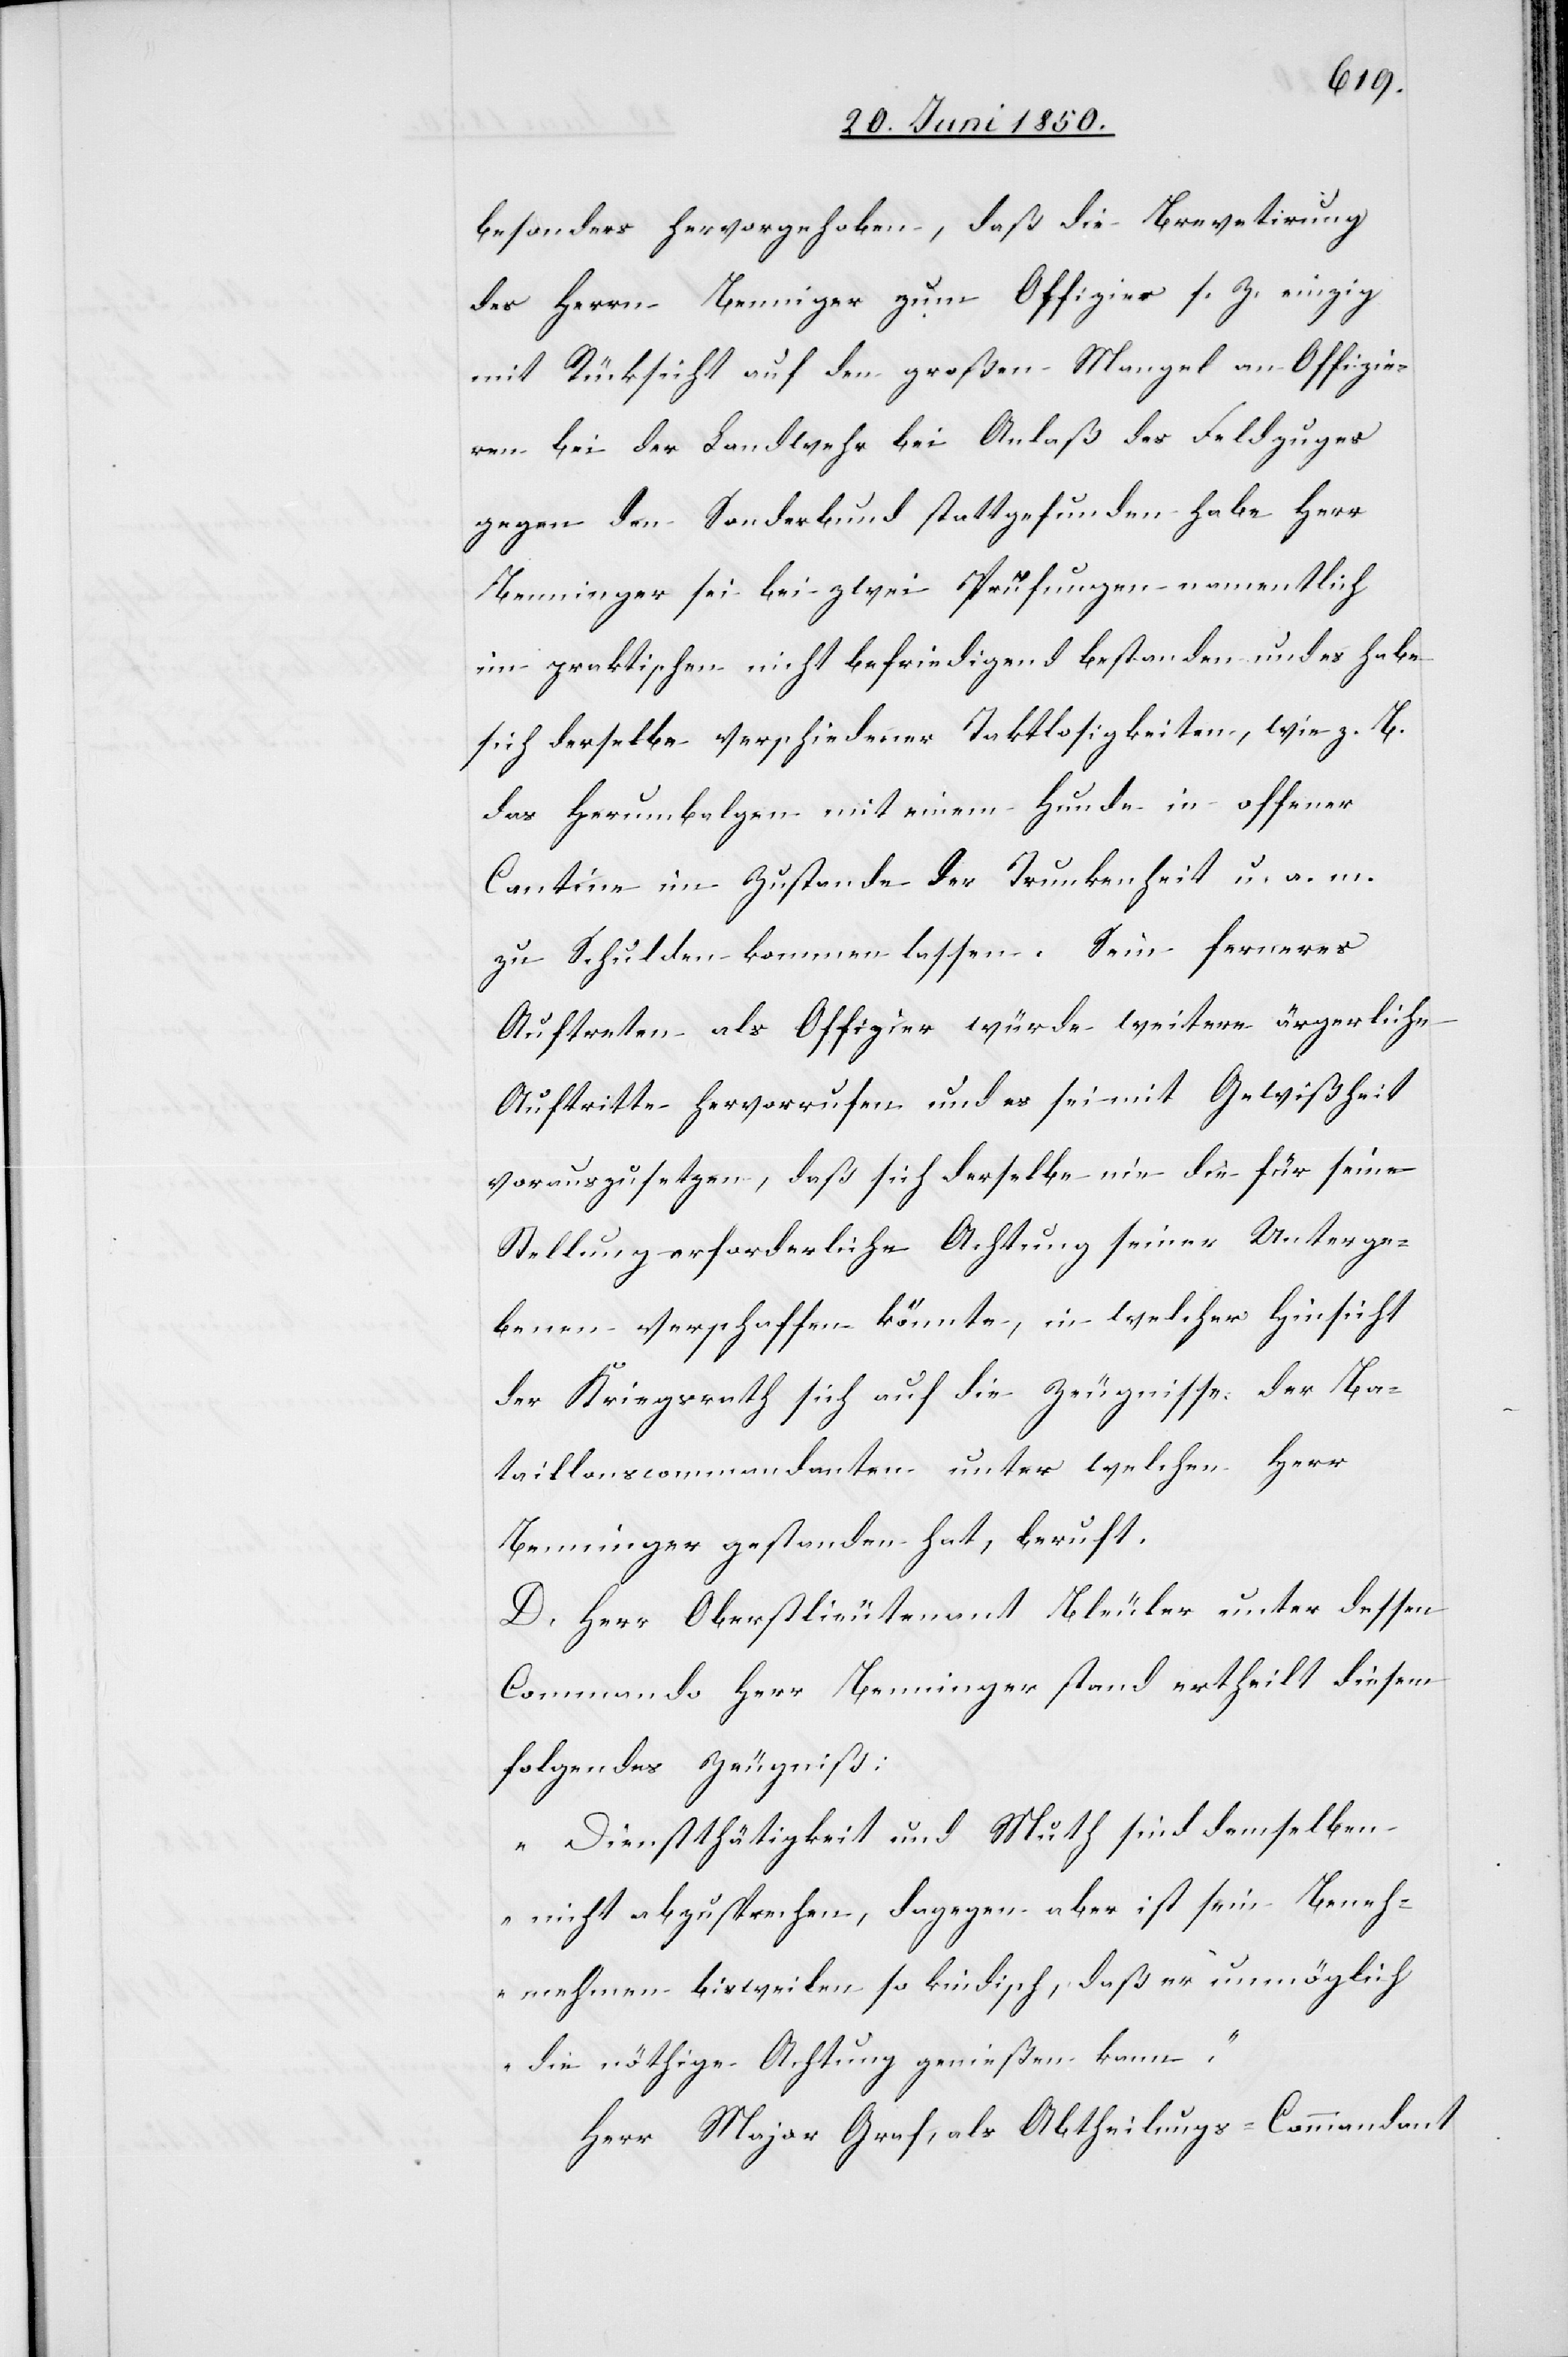
besonders hervorgehoben, daß die Brevetirung
des Herrn Bennigner zum Offizier s. Z. einzig
mit Rücksicht auf den großen Mangel an Offizie¬
ren bei der Landwehr bei Anlaß des Feldzuges
gegen den Sonderbund stattgefunden habe[.] Herr
Benninger sei [sic!] bei zwei Prüfungen namentlich
im praktischen nicht befriedigend bestanden und es habe
sich derselbe verschiedener Taktlosigkeiten, wie z. B.
das Herumbalgen mit einem Hunde in offener
Cantine im Zustande der Trunkenheit u. a. m.
zu Schulden kommen lassen. Sein ferneres
Auftreten als Offizier würde weitere ärgerliche
Auftritte hervorrufen und es sei mit Gewißheit
vorauszusetzen, daß sich derselbe nie die für seine
Stellung erforderliche Achtung seiner Unterge¬
benen verschaffen könnte, in welcher Hinsicht
der Kriegsrath sich auf die Zeugnisse der Ba¬
taillonscommandanten unter welchen Herr
Benninger gestanden hat, beruft.
D. Herr Oberstlieutenant Bleuler unter dessen
Commando Herr Benninger stand ertheilt diesem
folgendes Zeugniß:
„Dienstthätigkeit und Muth sind demselben
nicht abzusprechen, dagegen aber ist sein Beneh¬
nehmen [sic!] bisweilen so kindisch, daß er unmöglich
die nöthige Achtung genießen kann,“
Herr Major Graf, als Abtheilungs-Commandant